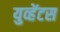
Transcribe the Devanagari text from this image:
युव्हेंटस